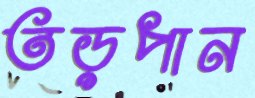
তড়পান